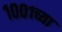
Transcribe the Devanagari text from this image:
१००१च्या